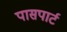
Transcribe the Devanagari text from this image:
पासपार्ट